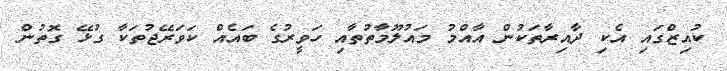
ކުއިޒްގައި އެކި ދާއިރާތަކުން އާއްމު މައުލޫމާތުތާއި ހަވީރުގެ ބައެއް ކަވަރޭޖުތަކާ ގުޅޭ ގޮތުން